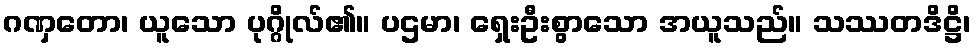
ဂဏှတော၊ ယူသော ပုဂ္ဂိုလ်၏။ ပဌမာ၊ ရှေးဦးစွာသော အယူသည်။ သဿတဒိဋ္ဌိ၊